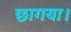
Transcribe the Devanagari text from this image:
छागया।